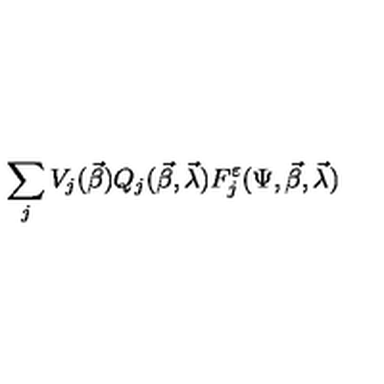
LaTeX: \sum _ { j } V _ { j } ( \vec { \beta } ) Q _ { j } ( \vec { \beta } , \vec { \lambda } ) F _ { j } ^ { \varepsilon } ( \Psi , \vec { \beta } , \vec { \lambda } )